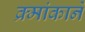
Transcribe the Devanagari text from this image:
क्र्मांकाने